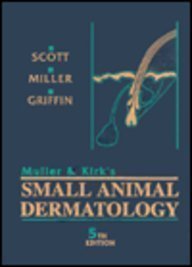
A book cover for Muller & Kirk's Small Animal Dermatology, 5th Edition; Danny W. Scott; Medical Books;